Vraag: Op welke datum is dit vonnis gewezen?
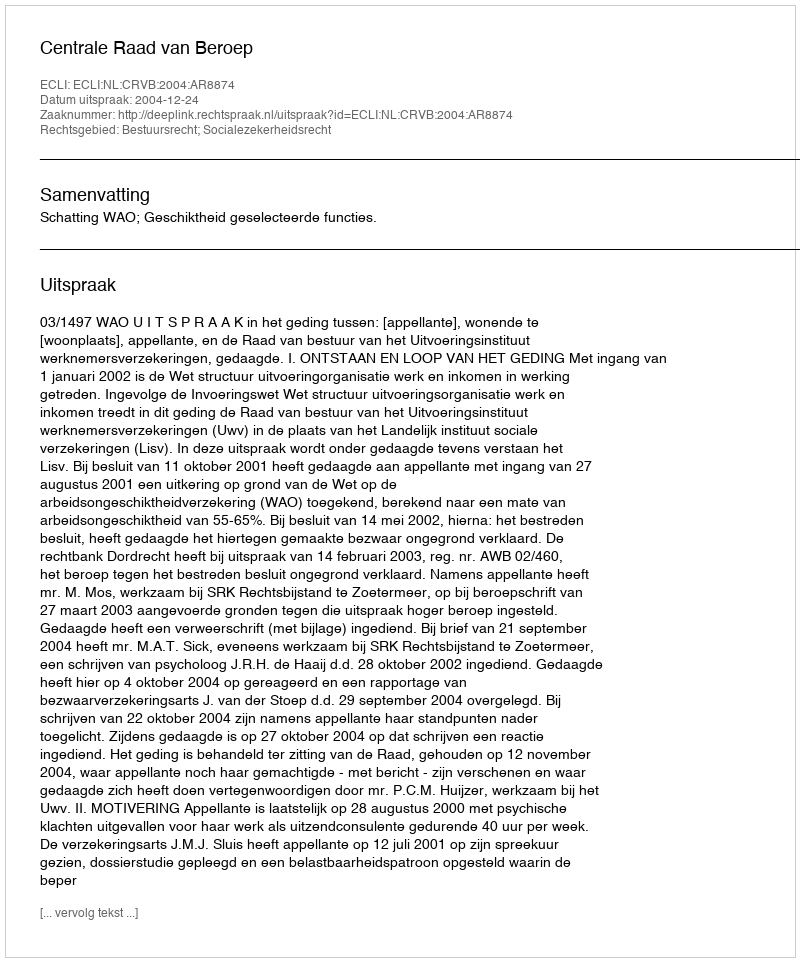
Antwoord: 2004-12-24